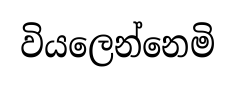
වියලෙන්නෙමි